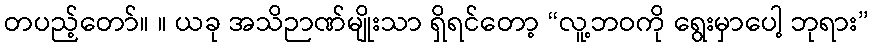
တပည့်တော်။ ။ ယခု အသိဉာဏ်မျိုးသာ ရှိရင်တော့ “လူ့ဘဝကို ရွေးမှာပေါ့ ဘုရား”